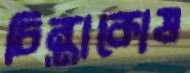
চিন্তাকোষ